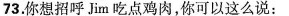
73.你想招呼Jim吃点鸡肉，你可以这么说：